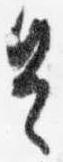
是